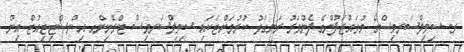
ރ. ސިވިލްސަރވިސްގެ މުވައްޒަފުންގެ ފެންވަރު ރަނގަޅު ކުރުމަށްޓަކައި ސިވިލްސަރވިސް ޓްރޭނިންގ އިންސްޓިޓިއުޓް އިން